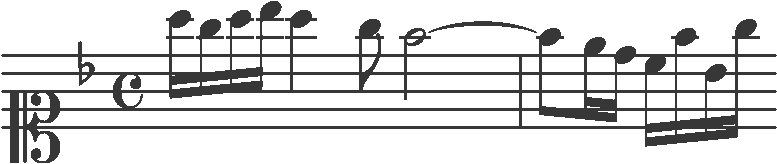
Transcription: clef-C1 keySignature-FM timeSignature-C note-A5_sixteenth note-G5_sixteenth note-A5_sixteenth note-Bb5_sixteenth note-A5_quarter note-G5_eighth note-F5_half tie barline note-F5_eighth note-E5_sixteenth note-D5_sixteenth note-C5_sixteenth note-F5_sixteenth note-Bb4_sixteenth note-G5_sixteenth